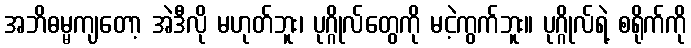
အဘိဓမ္မကျတော့ အဲဒီလို မဟုတ်ဘူး၊ ပုဂ္ဂိုလ်တွေကို မငဲ့ကွက်ဘူး။ ပုဂ္ဂိုလ်ရဲ့ စရိုက်ကို